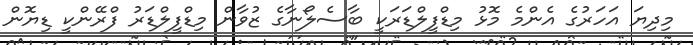
މިދިޔަ އަހަރުގެ އެންމެ މޮޅު މިޑްފީލްޑަރަކީ ބާސެލޯނާގެ ޒުވާން މިޑްފީލްޑަރު ފްރޭންކީ ޑިޔޮން